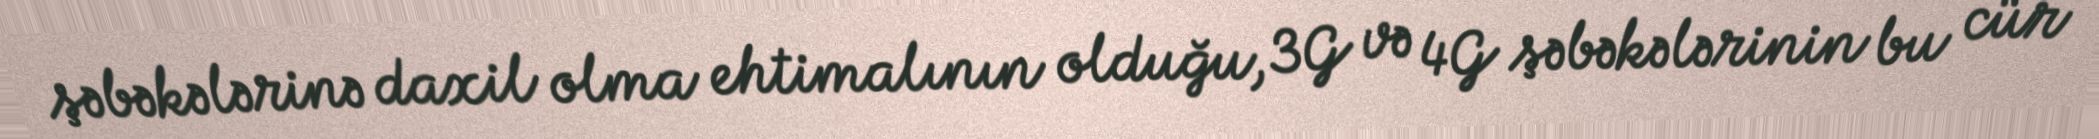
şəbəkələrinə daxil olma ehtimalının olduğu, 3G və 4G şəbəkələrinin bu cür